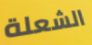
الشعلة